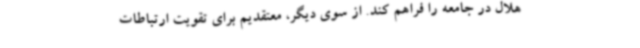
هلال در جامعه را فراهم کند. از سوی دیگر، معتقدیم برای تقویت ارتباطات